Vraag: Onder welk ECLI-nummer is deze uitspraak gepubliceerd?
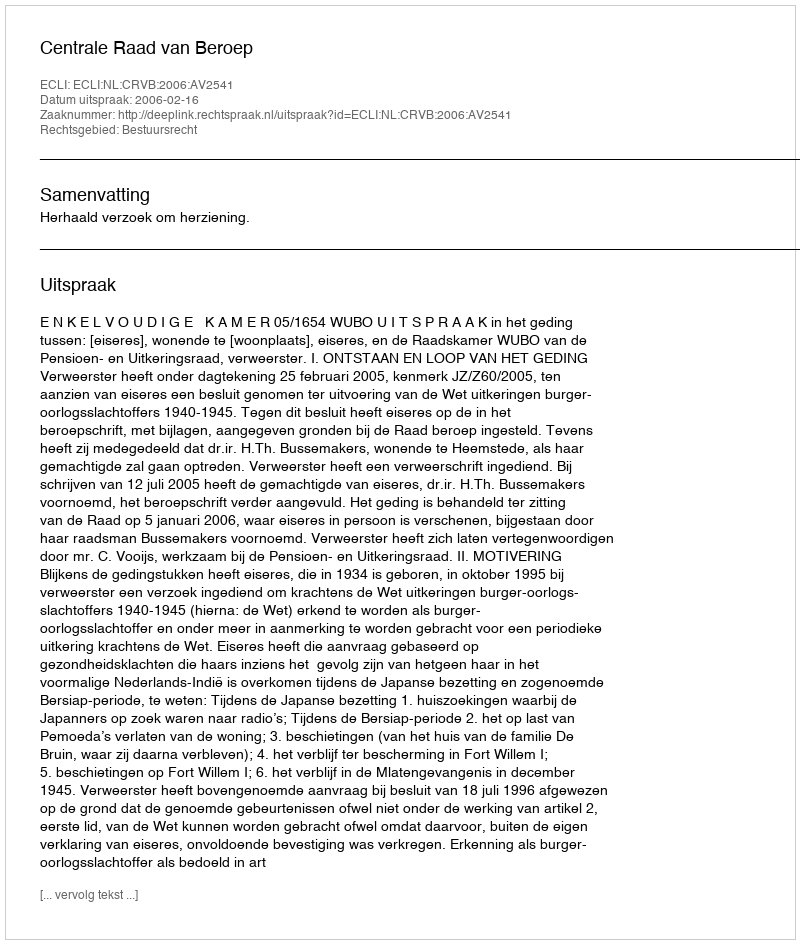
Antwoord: ECLI:NL:CRVB:2006:AV2541